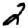
Digit: 2